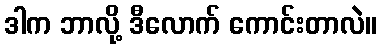
ဒါက ဘာလို့ ဒီလောက် ကောင်းတာလဲ။